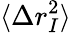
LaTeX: \langle\Delta r_{I}^{2}\rangle